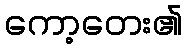
ကော့တေး၏